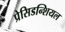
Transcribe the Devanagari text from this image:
प्रेसिडन्शियल